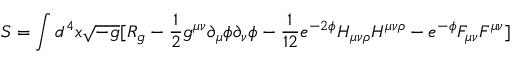
S = \int d ^ { 4 } x { \sqrt { - g } } [ R _ { g } - { \frac { 1 } { 2 } } g ^ { \mu \nu } \partial _ { \mu } \phi \partial _ { \nu } \phi - { \frac { 1 } { 1 2 } } e ^ { - 2 \phi } H _ { \mu \nu \rho } H ^ { \mu \nu \rho } - { e ^ { - \phi } } F _ { \mu \nu } F ^ { \mu \nu } ]